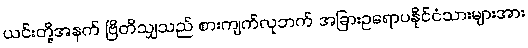
ယင်းတို့အနက် ဗြိတိသျှသည် စားကျက်လုဘက် အခြားဥရောပနိုင်ငံသားများအား